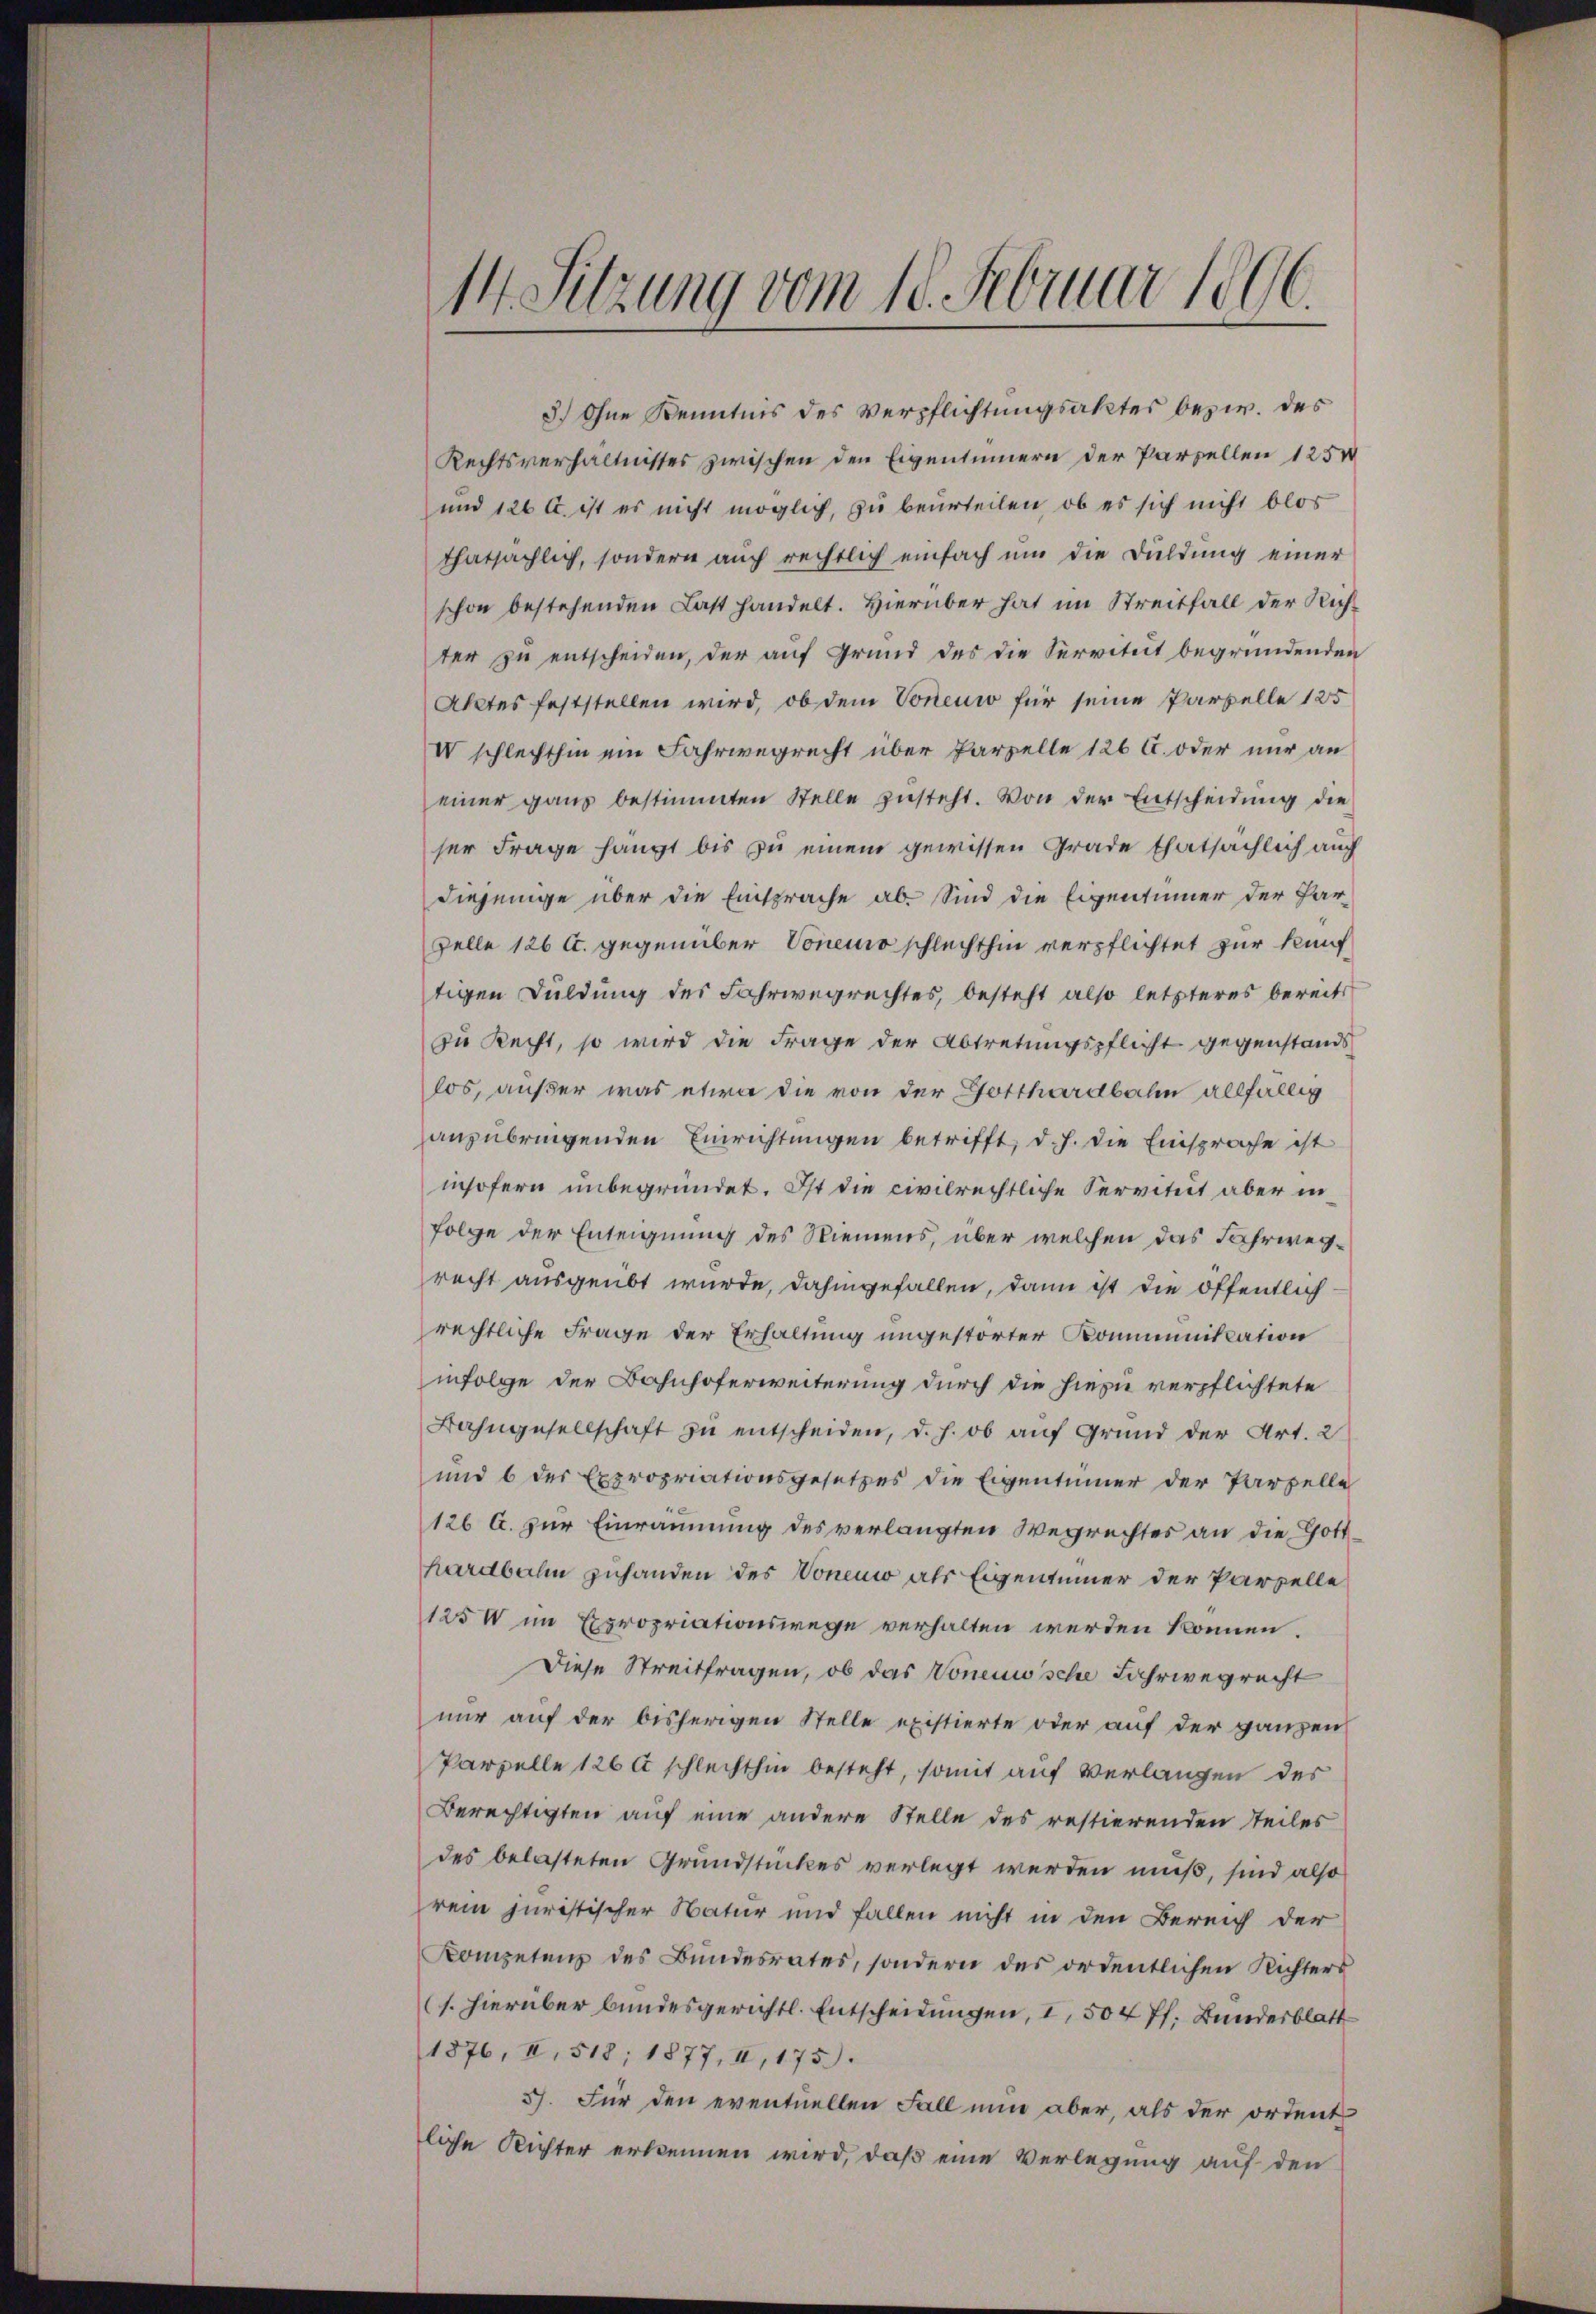
14. Sitzung vom 18. Februar 1896.

3.) Ohne Kenntnis des Verpflichtungsaktes bezw. des
Rechtsverhältnisses zwischen den Eigensinnern der Parzellen 1250
und 126 u. ist es nicht möglich, zu beurteilen, ob es sich nicht blos
thatsächlich, sondern auch rechtlich einfach ŭm die Duldung einer
schon bestehenden Last handelt. Hierüber hat im Streitfall der Richter zu entscheiden, der auf Grund des die Servitut begründenden
Aktes feststellen wird, ob dem Voneuw für seine Parzelle 125
IV schlechthin ein Fahrwegrecht über Parzelle 126 C. oder nur an
einer ganz bestimmten Stelle zusteht. Von der Entscheidung die
ser Frage hängt bis zu einem gewissen Grade thatsächlich auch
diejenige über die Einsprache ab. Sind die Eigentümer der Par¬
Zelle 126 u. gegenüber Vonemo schlechthin verpflichtet zur künftigen Duldung des Fahrwegrechtes, besteht also letzteres bereits
zu Recht, so wird die Frage der Abtretungspflicht gegenstands
los, außer was etwa die von der Gotthardbahn allfällig
anzubringenden Einrichtungen betrifft, d. h. die Einsprache ist
insofern unbegründet. Ist die civilrechtliche Servitut aber in
folge der Enteignung des Niemens, über welchen das Fahrwegrecht ausgeübt wurde, dahingefallen, dann ist die öffentlich
rechtliche Frage der Erhaltung ungestörter Kommunikation
infolge der Bahnhoferweiterung durch die hiezu verpflichtete
Bahngesellschaft zu entscheiden, d. h. ob auf Grund der Art. 2
und 6 der Expropriationsgesetzes die Eigentümer der Parzelle
126 C. zur Einräumung des verlangten Wegrechtes an die Gotthardbahn zuhanden des Voneuw als Eigentümer der Parzelle
1250 im Expropriationswege verhalten werden können.
Diese Streitfragen, ob das Vonenwsche Fahrwegrecht
nur auf der bisherigen Stelle existierte oder auf der ganzen
Parzelle 1260 schlechthin besteht, somit auf Verlangen des
Berechtigten auf eine andere Stelle des restierenden Teiles
des belasteten Grundstückes verlegt werden muß, sind also
rem juristischer Natur und fallen nicht in den Bereich der
Kompetenz des Bŭndesrates, sondern des ordentlichen Richters
(s. hierüber bundesgerichtl. Entscheidungen, I, 504 ff. Bundesblatt
1876, II, 518; 1877, II, 175.
5). Für den eventuellen Fall nun aber, als der ordent
liche Richter erkennen wird, daß eine Verlegung auf den